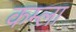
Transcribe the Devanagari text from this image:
कम्ला